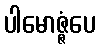
ပါမောဇ္ဇံပေ